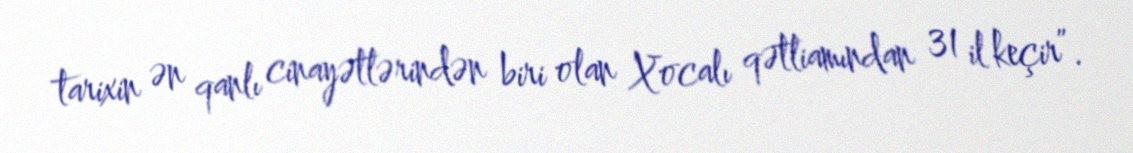
tarixin ən qanlı cinayətlərindən biri olan Xocalı qətliamından 31 il keçir”.